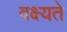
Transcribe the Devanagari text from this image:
वक्ष्यते